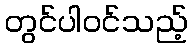
တွင်ပါဝင်သည့်